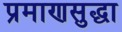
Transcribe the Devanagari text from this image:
प्रमाणसुद्धा